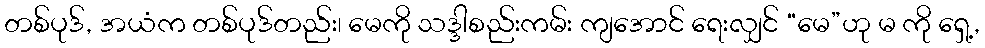
တစ်ပုဒ်, အယံက တစ်ပုဒ်တည်း၊ မေကို သဒ္ဒါစည်းကမ်း ကျအောင် ရေးလျှင် “မေ”ဟု မ ကို ရှေ့,